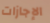
الإجازات